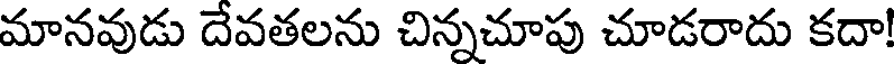
మానవుడు దేవతలను చిన్నచూపు చూడరాదు కదా!